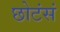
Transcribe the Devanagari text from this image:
छोटंसं